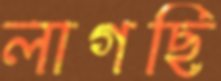
লাগছি